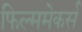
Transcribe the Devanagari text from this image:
फिल्ममेकर्स